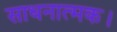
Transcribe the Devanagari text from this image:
साधनात्मक।